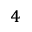
_ 4